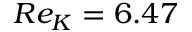
R e _ { K } = 6 . 4 7